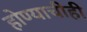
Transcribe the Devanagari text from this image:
होण्याचीही